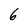
Character: 6